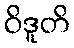
ဝိဒူတိ